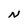
Character: N